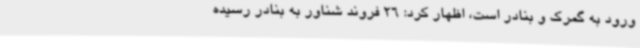
ورود به گمرک و بنادر است، اظهار کرد: 26 فروند شناور به بنادر رسیده